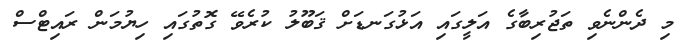
މި ދެންނެވި ތަޖުރިބާގެ އަލީގައި އަޅުގަނޑަށް ޤަބޫލު ކުރެވޭ ގޮތުގައި ހިޔުމަން ރައިޓްސް